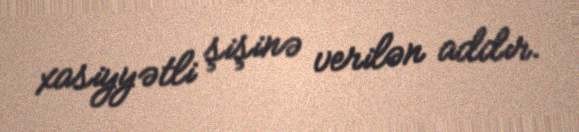
xasiyyətli şişinə verilən addır.